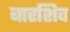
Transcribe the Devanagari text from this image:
बारशिव